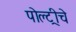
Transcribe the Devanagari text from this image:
पोल्ट्रीचे